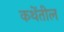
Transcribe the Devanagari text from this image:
कथेंतील